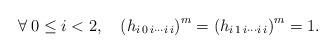
LaTeX: \begin{align*}\forall\:0\le i<2,\quad\left(h_{i\,0\,i\cdots i\,i}\right)^{m}=\left(h_{i\,1\,i\cdots i\,i}\right)^{m}=1.\end{align*}